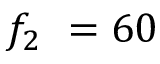
f _ { 2 } ~ = 6 0